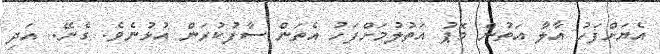
އެޔަށްފަހު އާލާ އަތުން މޮޕު އަތުލުމަށްފަހު އެތަން ސާފުކުރަން އުޅުނެވެ. ގެނޭ.. އަދި